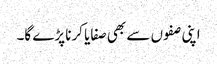
اپنی صفوں سے بھی صفایا کرنا پڑے گا۔